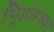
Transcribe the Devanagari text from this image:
पिर्‍हसच्या